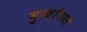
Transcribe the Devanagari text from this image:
मुखांगात